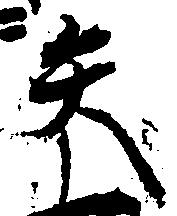
矢